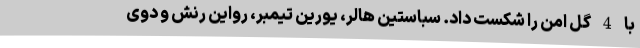
با 4 گل امن را شکست داد. سباستین هالر، یورین تیمبر، رواین رنش و دوی